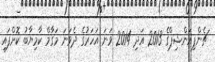
ޗެންޕިއަންޝިޕްގެ 2013 އަދި 2014 ވަނަ އަހަރުގެ ދެވަނަ މަގާމް ކާމިޔާބު ކޮށްފައި